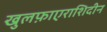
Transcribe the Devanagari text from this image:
खुलफ़ाएराशिदीन